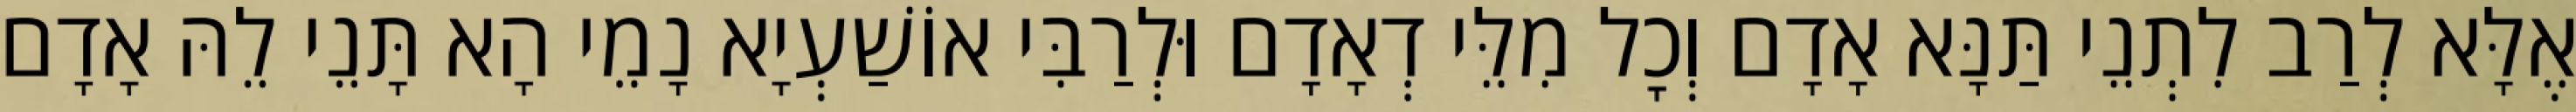
אֶלָּא לְרַב לִתְנֵי תַּנָּא אָדָם וְכׇל מִלֵּי דְאָדָם וּלְרַבִּי אוֹשַׁעְיָא נָמֵי הָא תָּנֵי לֵהּ אָדָם